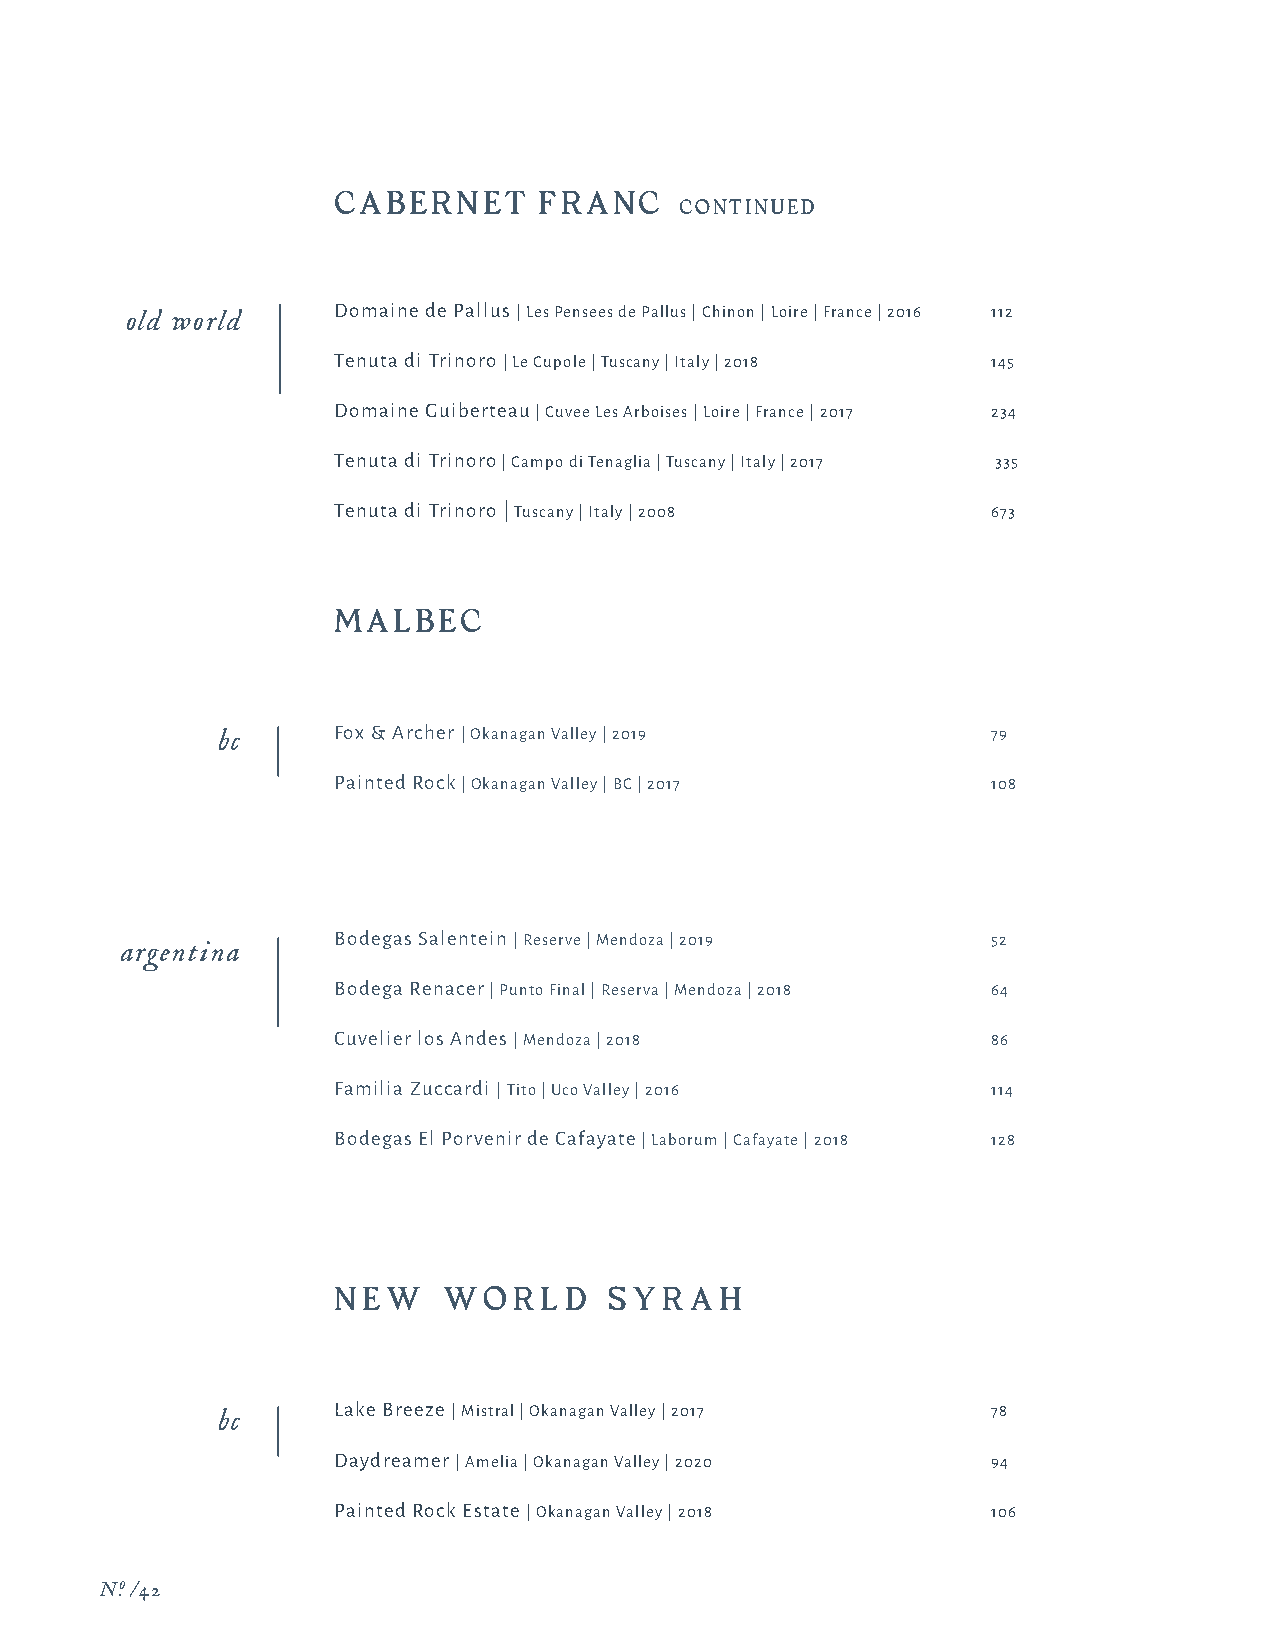
CABERNET      FRANC
 CONTINUED
 Domaine de Pallus | Les Pensees de Pallus | Chinon | Loire | France | 2016 112
 old world
 Tenuta di Trinoro | Le Cupole | Tuscany | Italy | 2018 145
 Domaine Guiberteau | Cuvee Les Arboises | Loire | France | 2017 234
 Tenuta di Trinoro | Campo di Tenaglia | Tuscany | Italy | 2017 335
 Tenuta di Trinoro | Tuscany | Italy | 2008  673
 MALBEC
 bc      Fox & Archer | Okanagan Valley | 2019       79
 Painted Rock | Okanagan Valley | BC | 2017  108
 Bodegas Salentein | Reserve | Mendoza | 2019 52
 argentina
 Bodega Renacer | Punto Final | Reserva | Mendoza | 2018 64
 Cuvelier los Andes | Mendoza | 2018         86
 Familia Zuccardi | Tito | Uco Valley | 2016 114
 Bodegas El Porvenir de Cafayate | Laborum | Cafayate | 2018 128
 N E W  WOR    LD  SY  R A H
 Lake Breeze | Mistral | Okanagan Valley | 2017 78
 bc
 Daydreamer | Amelia | Okanagan Valley | 2020 94
 Painted Rock Estate | Okanagan Valley | 2018 106
 N.o /42